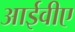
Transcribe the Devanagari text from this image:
आईवीए